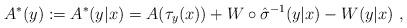
LaTeX: \begin{align*}A^*(y) := A^*(y|x) = A(\tau_y(x)) + W \circ \hat{\sigma}^{-1} (y|x) - W(y|x) \ ,\end{align*}